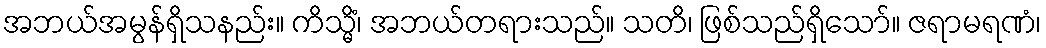
အဘယ်အမွန်ရှိသနည်း။ ကိသ္မိံ၊ အဘယ်တရားသည်။ သတိ၊ ဖြစ်သည်ရှိသော်။ ဇရာမရဏံ၊